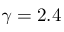
\gamma = 2 . 4